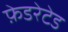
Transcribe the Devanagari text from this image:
फ़ेडरेटेड